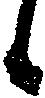
候